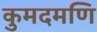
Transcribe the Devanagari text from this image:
कुमदमणि